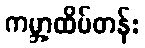
ကမ္ဘာ့ထိပ်တန်း